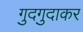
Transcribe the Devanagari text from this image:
गुदगुदाकर